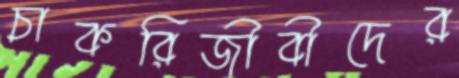
চাকরিজীবীদের